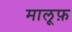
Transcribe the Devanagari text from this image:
मालूफ़